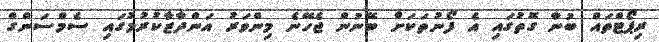
ރިޕޯޓްތައް ބުނާ ގޮތުގައި އެ ފޯނުތަކަށް ބޭނުން ޖެހޭނެ މިންވަރު އަންދާޒާކުރުމުގައި ސެމްސަންގް